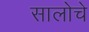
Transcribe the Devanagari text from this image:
सालोचे